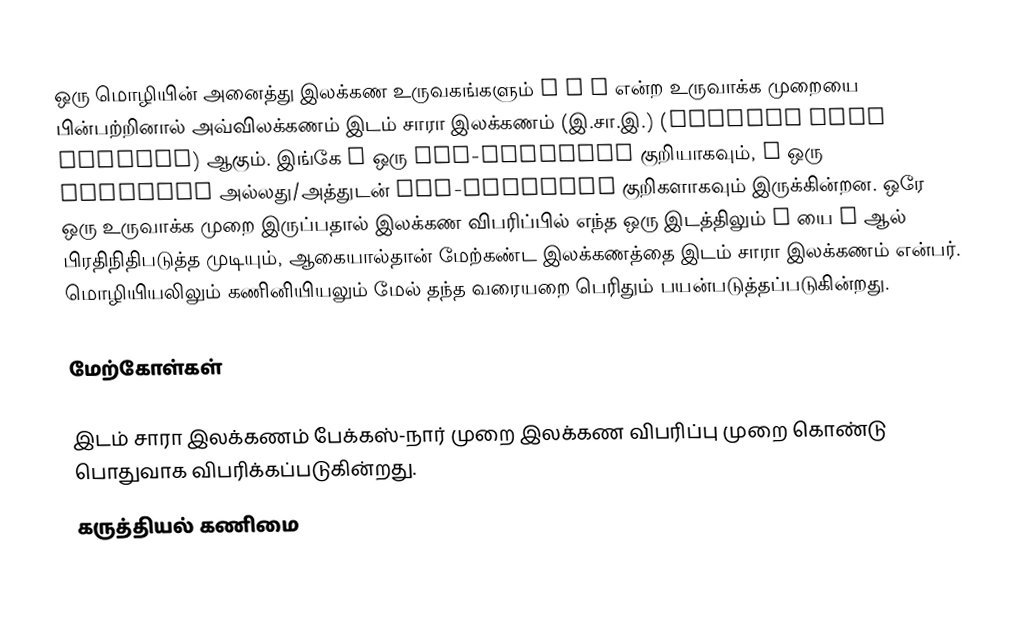
ஒரு மொழியின் அனைத்து இலக்கண உருவகங்களும் V → w என்ற உருவாக்க முறையை  பின்பற்றினால் அவ்விலக்கணம் இடம் சாரா இலக்கணம் (இ.சா.இ.) (Context Free Grammar) ஆகும்.  இங்கே V ஒரு non-terminal குறியாகவும், w ஒரு terminal அல்லது/அத்துடன் non-terminal குறிகளாகவும் இருக்கின்றன.  ஒரே ஒரு உருவாக்க முறை இருப்பதால் இலக்கண விபரிப்பில் எந்த ஒரு இடத்திலும் V யை w ஆல் பிரதிநிதிபடுத்த முடியும், ஆகையால்தான் மேற்கண்ட இலக்கணத்தை இடம் சாரா இலக்கணம் என்பர்.  மொழியியலிலும் கணினியியலும் மேல் தந்த வரையறை பெரிதும் பயன்படுத்தப்படுகின்றது.

மேற்கோள்கள்

இடம் சாரா இலக்கணம் பேக்கஸ்-நார் முறை இலக்கண விபரிப்பு முறை கொண்டு பொதுவாக விபரிக்கப்படுகின்றது.
கருத்தியல் கணிமை